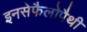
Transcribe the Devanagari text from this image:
इनसेफैलोपैथी